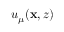
u _ { \mu } ( \mathbf { x } , z )